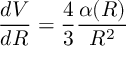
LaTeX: { \frac { d V } { d R } } = { \frac { 4 } { 3 } } { \frac { \alpha ( R ) } { R ^ { 2 } } }